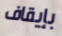
بإيقاف